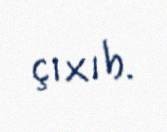
çıxıb.